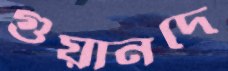
গুয়ানদে